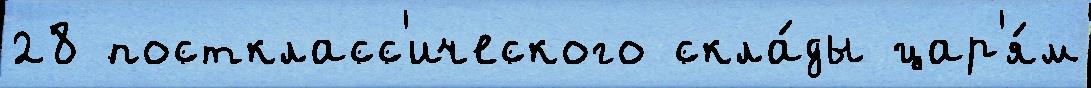
28 посткласс'ического скла́ды цар'я́м